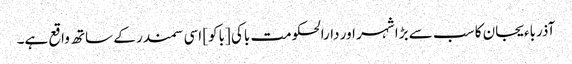
آذرباءیجان کا سب سے بڑا شہر اور دارالحکومت باکی [باکو] اسی سمندر کے ساتھ واقع ہے۔